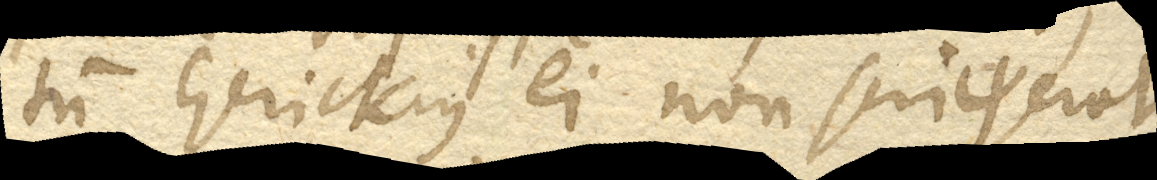
quod tum Gerickius ei non scriψerat.